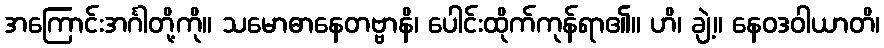
အကြောင်းအင်္ဂါတို့ကို။ သမောဓာနေတဗ္ဗာနိ၊ ပေါင်းထိုက်ကုန်ရာ၏။ ဟိ၊ ချဲ့။ နေဝဒဝါယာတိ၊